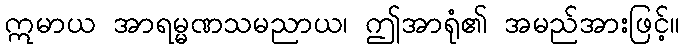
ဣမာယ အာရမ္မဏသမညာယ၊ ဤအာရုံ၏ အမည်အားဖြင့်။